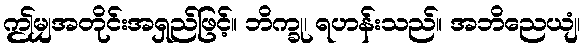
ဤမျှအတိုင်းအရှည်ဖြင့်။ ဘိက္ခု၊ ရဟန်းသည်။ အဘိညေယျံ၊